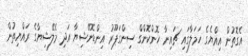
އެގޮތުން އިއްޔެގެ ހަމަލާގައި ޗައިނާ ހޮންކޮންގް ސިންގަޕޫރު އިންޑޮނޭޝިޔާ އަދި މެލޭޝިޔާގެ ރައްޔިތުން